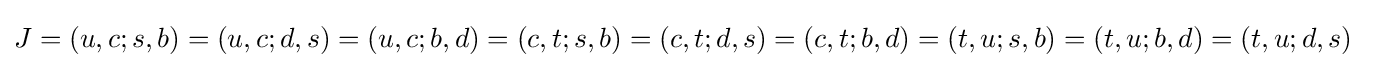
J=(u,c;s,b)=(u,c;d,s)=(u,c;b,d)=(c,t;s,b)=(c,t;d,s)=(c,t;b,d)=(t,u;s,b)=(t,u;b,d)=(t,u;d,s)~